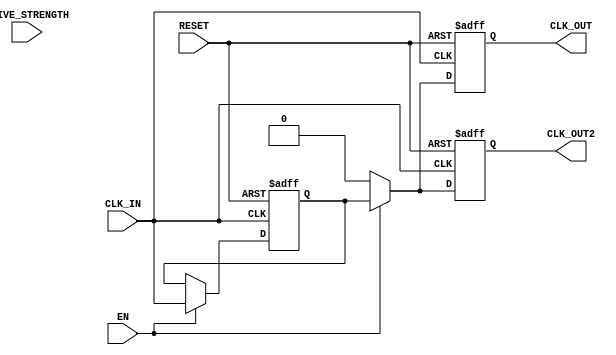
module ClockBuffer (
    input wire CLK_IN,         // Input clock signal
    input wire EN,            // Enable signal
    output reg CLK_OUT,       // Output clock signal
    output reg CLK_OUT2,      // Additional output clock signal (if needed)
    input wire [1:0] DRIVE_STRENGTH, // Drive strength configuration
    input wire RESET          // Reset signal
);

// Parameters for propagation delay and drive strength
parameter PROPAGATION_DELAY = 5; // Propagation delay in ns

// Internal signal for buffered clock
reg buffered_clk;

// Clock buffer drive strengths (example values)
localparam STRONG = 2'b00;
localparam MEDIUM = 2'b01;
localparam WEAK   = 2'b10;

// Clock generation process
always @(posedge CLK_IN or posedge RESET) begin
    if (RESET) begin
        buffered_clk <= 1'b0;
        CLK_OUT <= 1'b0;
        CLK_OUT2 <= 1'b0;
    end else if (EN) begin
        // Adding delay to simulate propagation delay
        #PROPAGATION_DELAY buffered_clk <= CLK_IN;
        case (DRIVE_STRENGTH)
            STRONG: begin
                CLK_OUT <= buffered_clk;   // Strong drive
                CLK_OUT2 <= buffered_clk;  // Drive to another output as well
            end
            MEDIUM: begin
                // Medium drive logic (if needed, you can scale the strength)
                CLK_OUT <= buffered_clk; 
                CLK_OUT2 <= buffered_clk;
            end
            WEAK: begin
                // Weak drive logic (this would typically drive less current)
                CLK_OUT <= buffered_clk; 
                CLK_OUT2 <= buffered_clk;
            end
            default: begin
                CLK_OUT <= buffered_clk; // Default drive
                CLK_OUT2 <= buffered_clk;
            end
        endcase
    end else begin
        // Disable outputs when EN is low
        CLK_OUT <= 1'b0;
        CLK_OUT2 <= 1'b0;
    end
end

endmodule